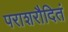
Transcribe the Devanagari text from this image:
पराशरौदितं